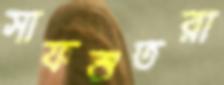
সাফশুতরা